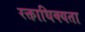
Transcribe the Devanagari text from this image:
रक्ताधिक्यता